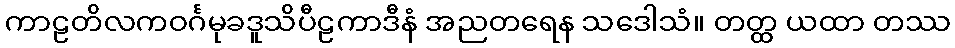
ကာဠတိလကဝင်္ဂမုခဒူသိပီဠကာဒီနံ အညတရေန သဒေါသံ။ တတ္ထ ယထာ တဿ